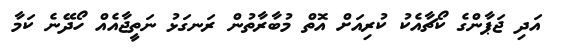
އަދި ޖަޕާންގެ ކޯޗާއެކު ކުރިއަށް އޮތް މުބާރާތުން ރަނގަޅު ނަތީޖާއެއް ހޯދޭނެ ކަމާ